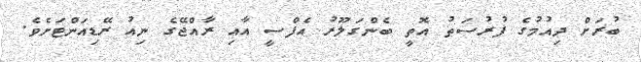
ބުރަށް ދިއުމުގެ ފުރުސަތު އޮތީ ބެންގަލޫރު އެފްސީ އާއި ރާއްޖޭގެ ނިއު ރޭޑިއަންޓަށެވެ.